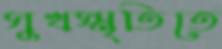
সুখস্মৃতিতে